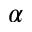
\alpha